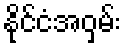
နိုင်ငံအဝှမ်း